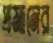
প্রমানের